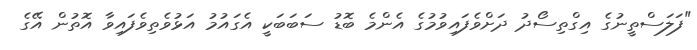
"ފަލަސްތީނުގެ އިގްތިސޯދު ދަށްވެފައިވުމުގެ އެންމެ ބޮޑު ސަބަބަކީ އެގައުމު އަޅުވެތިވެފައިވާ އޮތުން އޭގެ